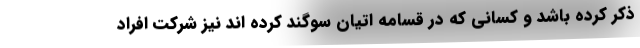
ذکر کرده باشد و کسانی که در قسامه اتیان سوگند کرده اند نیز شرکت افراد